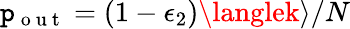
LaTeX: \mathtt{p}_{\mathrm{{~o~u~t~}}}=(1-\epsilon_{2})\langlek\rangle/N